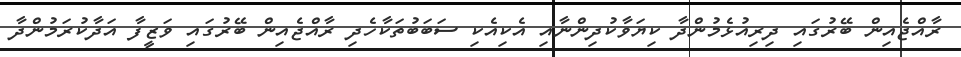
ރާއްޖެއިން ބޭރުގައި ދިރިއުޅެމުންދާ ކިޔަވާކުދިންނާއި އެކިއެކި ސަބަބުތަކާހެދި ރާއްޖެއިން ބޭރުގައި ވަޒީފާ އަދާކުރަމުންދާ